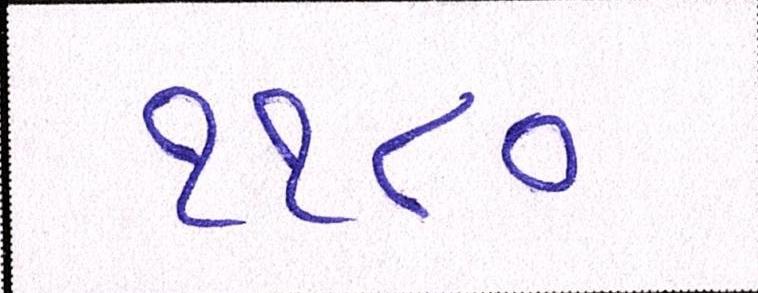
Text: ૧૧૮૦